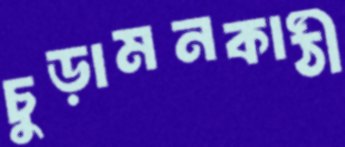
চুড়ামনকাঠী